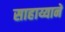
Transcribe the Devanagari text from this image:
साहाय्यानें